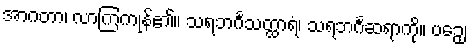
အာဂတာ၊ လာကြကုန်၏။ သရဘင်္ဂသတ္ထာရံ၊ သရဘင်္ဂဆရာကို။ ပဉှေ၊